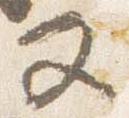
又